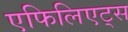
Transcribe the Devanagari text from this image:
एफिलिएट्स